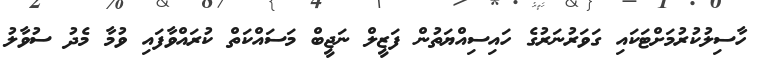
ހާސިލުކުރުމަށްޓަކައި ގަވަރުނަރުގެ ހައިސިއްޔަތުން ފަޒީލް ނަޖީބް މަސައްކަތް ކުރައްވާފައި ވުމާ މެދު ސުވާލު